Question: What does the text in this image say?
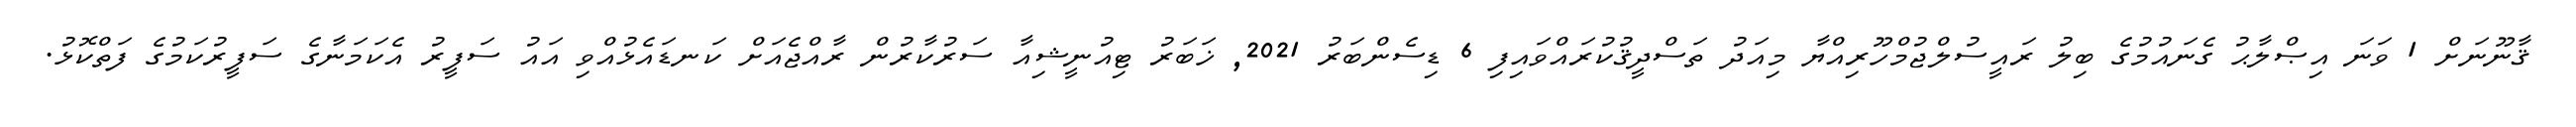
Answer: ޤާނޫނަށް 1 ވަނަ އިޞްލާޙު ގެނައުމުގެ ބިލު ރައީސުލްޖުމްހޫރިއްޔާ މިއަދު ތަސްދީޤުކުރައްވައިފި 6 ޑިސެންބަރު 2021, ޚަބަރު ޓިއުނީޝިއާ ސަރުކާރުން ރާއްޖެއަށް ކަނޑައެޅުއްވި އައު ސަފީރު އެކަމަނާގެ ސަފީރުކަމުގެ ފަތްކޮޅު.